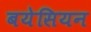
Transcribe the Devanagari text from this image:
बयेसियन